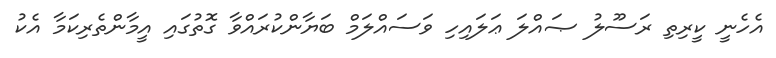
އެހެނީ ކީރިތި ރަސޫލު ޞައްލަ ޢަލައިހި ވަސައްލަމް ބަޔާންކުރައްވާ ގޮތުގައި އީމާންތެރިކަމާ އެކު